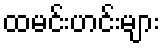
ထမင်းဟင်းများ